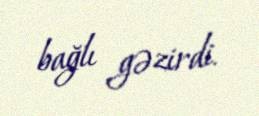
bağlı gəzirdi.